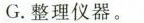
G.整理仪器。